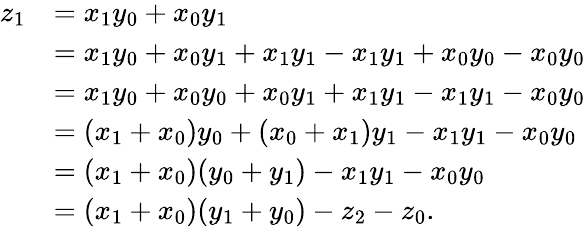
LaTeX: {\begin{array}{rl}{z_{1}}&{=x_{1}y_{0}+x_{0}y_{1}}\\ &{=x_{1}y_{0}+x_{0}y_{1}+x_{1}y_{1}-x_{1}y_{1}+x_{0}y_{0}-x_{0}y_{0}}\\ &{=x_{1}y_{0}+x_{0}y_{0}+x_{0}y_{1}+x_{1}y_{1}-x_{1}y_{1}-x_{0}y_{0}}\\ &{=(x_{1}+x_{0})y_{0}+(x_{0}+x_{1})y_{1}-x_{1}y_{1}-x_{0}y_{0}}\\ &{=(x_{1}+x_{0})(y_{0}+y_{1})-x_{1}y_{1}-x_{0}y_{0}}\\ &{=(x_{1}+x_{0})(y_{1}+y_{0})-z_{2}-z_{0}.}\end{array}}